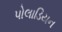
પોલાડિયન